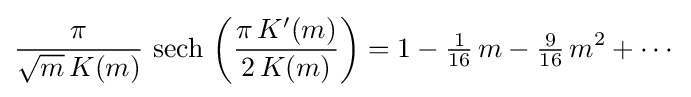
{\frac {\pi }{{\sqrt {m}}\,K(m)}}\,\operatorname {sech} \,\left({\frac {\pi \,K'(m)}{2\,K(m)}}\right)=1-{\tfrac {1}{16}}\,m-{\tfrac {9}{16}}\,m^{2}+\cdots